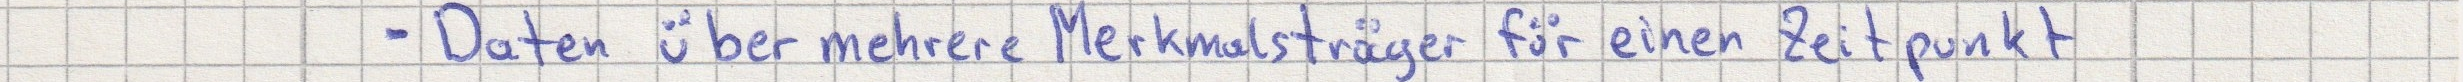
- Daten über mehrere Merkmalsträger für einen Zeitpunkt